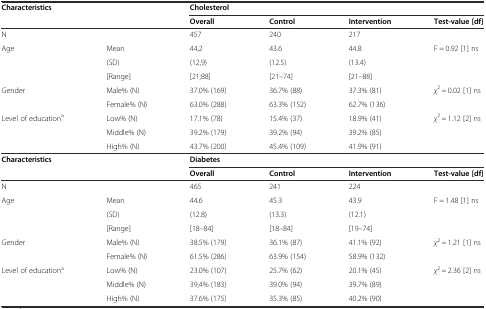
<table><thead><tr><td colspan="2"><b>Characteristics</b></td><td colspan="4"><b>Cholesterol</b></td></tr><tr><td colspan="2"></td><td><b>Overall</b></td><td><b>Control</b></td><td><b>Intervention</b></td><td><b>Test-value [df]</b></td></tr></thead><tbody><tr><td colspan="2">N</td><td>457</td><td>240</td><td>217</td><td></td></tr><tr><td rowspan="3">Age</td><td>Mean</td><td>44,2</td><td>43.6</td><td>44.8</td><td>F = 0.92 [1] ns</td></tr><tr><td>(SD)</td><td>(12,9)</td><td>(12.5)</td><td>(13.4)</td><td></td></tr><tr><td>[Range]</td><td>[21;88]</td><td>[21–74]</td><td>[21–88]</td><td></td></tr><tr><td rowspan="2">Gender</td><td>Male% (N)</td><td>37.0% (169)</td><td>36.7% (88)</td><td>37.3% (81)</td><td><i>χ</i><sup>2</sup> = 0.02 [1] ns</td></tr><tr><td>Female% (N)</td><td>63.0% (288)</td><td>63.3% (152)</td><td>62.7% (136)</td><td></td></tr><tr><td rowspan="2">Level of education<sup>a</sup></td><td>Low% (N)</td><td>17.1% (78)</td><td>15.4% (37)</td><td>18.9% (41)</td><td><i>χ</i><sup>2</sup> = 1.12 [2] ns</td></tr><tr><td>Middle% (N)</td><td>39.2% (179)</td><td>39.2% (94)</td><td>39.2% (85)</td><td></td></tr><tr><td></td><td>High% (N)</td><td>43.7% (200)</td><td>45.4% (109)</td><td>41.9% (91)</td><td></td></tr><tr><td colspan="2"><b>Characteristics</b></td><td colspan="4"><b>Diabetes</b></td></tr><tr><td colspan="2"></td><td><b>Overall</b></td><td><b>Control</b></td><td><b>Intervention</b></td><td><b>Test-value [df]</b></td></tr><tr><td colspan="2">N</td><td>465</td><td>241</td><td>224</td><td></td></tr><tr><td rowspan="3">Age</td><td>Mean</td><td>44.6</td><td>45.3</td><td>43.9</td><td>F = 1.48 [1] ns</td></tr><tr><td>(SD)</td><td>(12.8)</td><td>(13.3)</td><td>(12.1)</td><td></td></tr><tr><td>[Range]</td><td>[18–84]</td><td>[18–84]</td><td>[19–74]</td><td></td></tr><tr><td rowspan="2">Gender</td><td>Male% (N)</td><td>38.5% (179)</td><td>36.1% (87)</td><td>41.1% (92)</td><td><i>χ</i><sup>2</sup> = 1.21 [1] ns</td></tr><tr><td>Female% (N)</td><td>61.5% (286)</td><td>63.9% (154)</td><td>58.9% (132)</td><td></td></tr><tr><td rowspan="2">Level of education<sup>a</sup></td><td>Low% (N)</td><td>23.0% (107)</td><td>25.7% (62)</td><td>20.1% (45)</td><td><i>χ</i><sup>2</sup> = 2.36 [2] ns</td></tr><tr><td>Middle% (N)</td><td>39,4% (183)</td><td>39.0% (94)</td><td>39.7% (89)</td><td></td></tr><tr><td></td><td>High% (N)</td><td>37.6% (175)</td><td>35.3% (85)</td><td>40.2% (90)</td><td></td></tr></tbody></table>